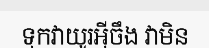
ទុកវាយូរអ៊ីចឹង វាមិន